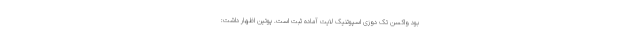
بود واکسن تک دوزی اسپوتنیک لایت آماده ثبت است. پوتین اظهار داشت: